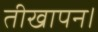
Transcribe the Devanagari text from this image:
तीखापन।